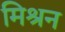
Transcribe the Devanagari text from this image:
मिश्रन